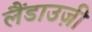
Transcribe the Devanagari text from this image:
लैंडाउज़ी